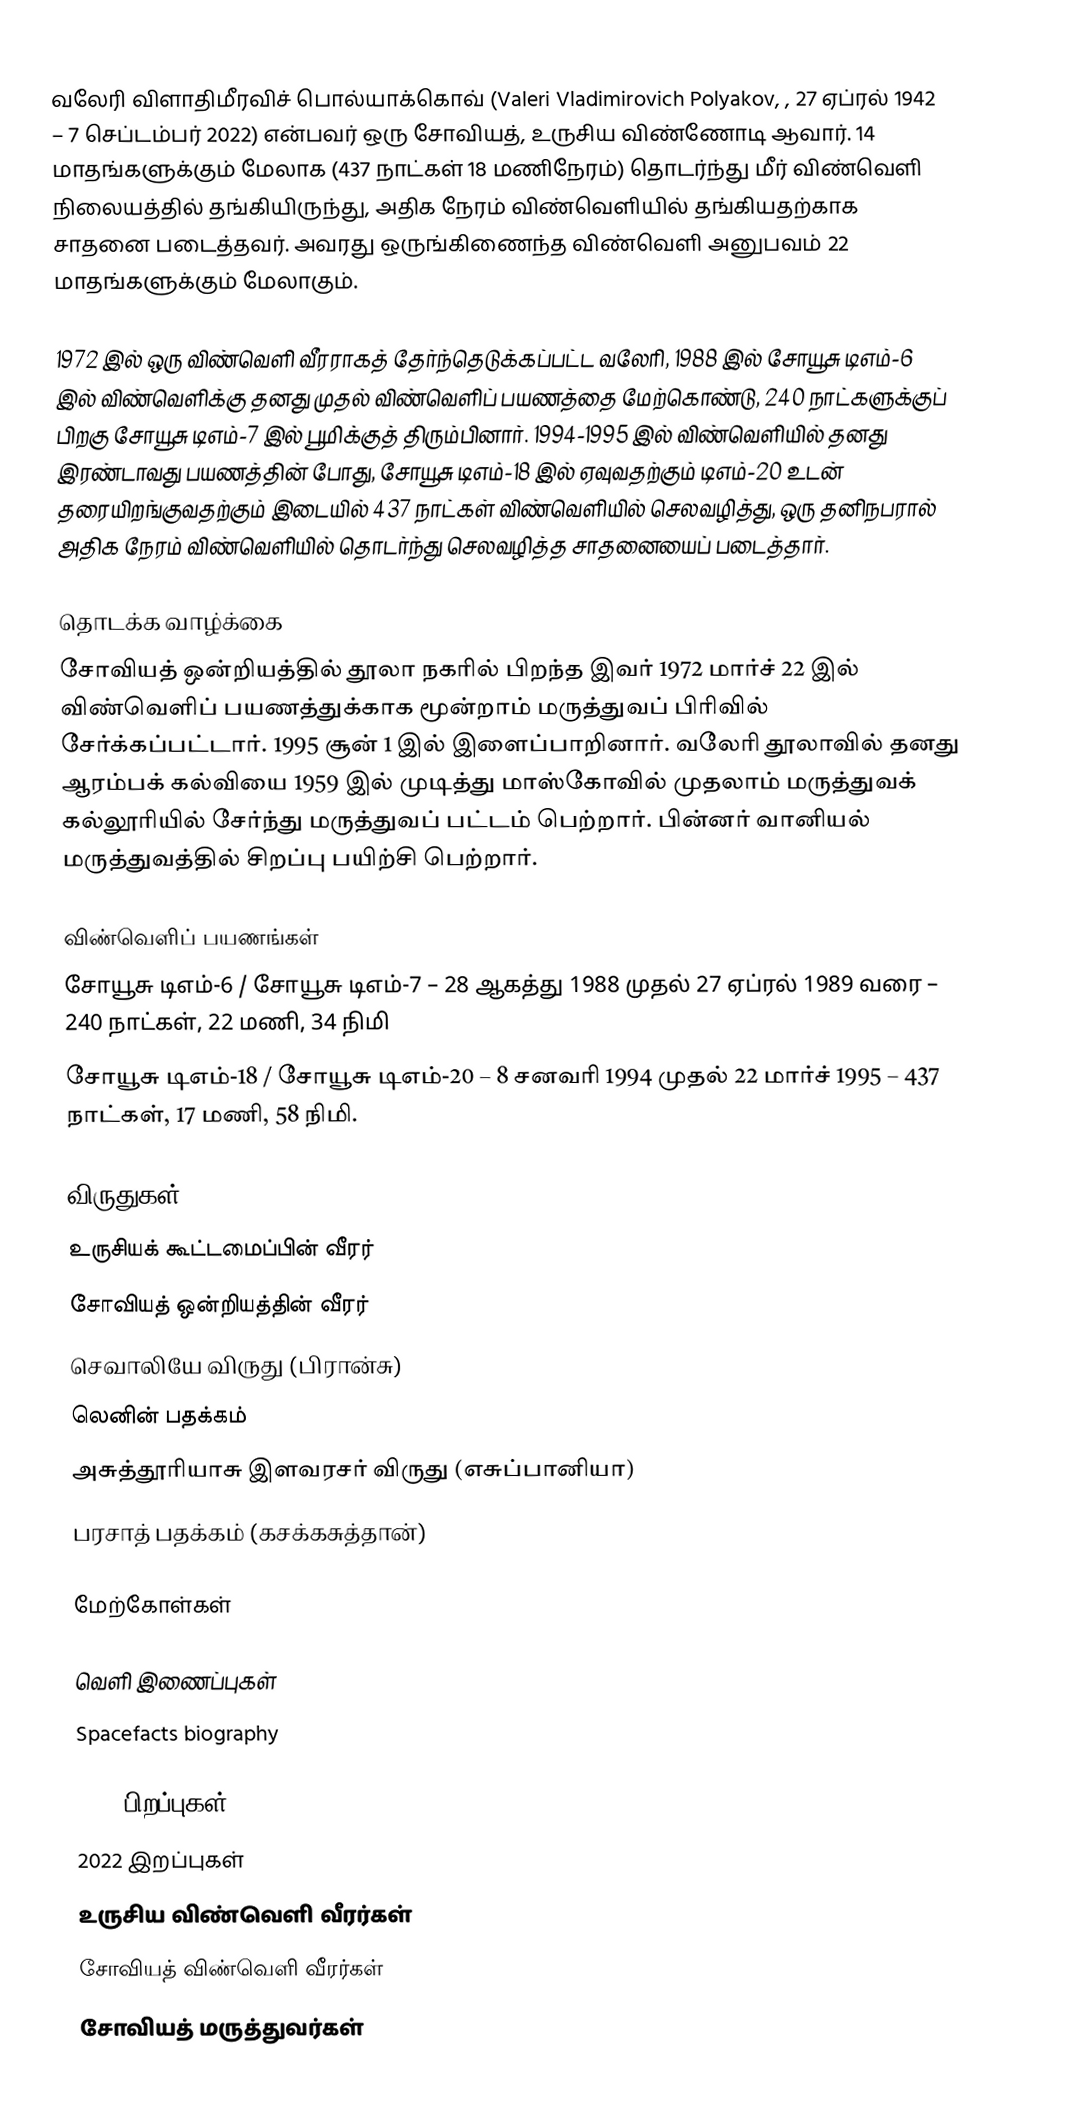
வலேரி விளாதிமீரவிச் பொல்யாக்கொவ் (Valeri Vladimirovich Polyakov, , 27 ஏப்ரல் 1942 – 7 செப்டம்பர் 2022) என்பவர் ஒரு சோவியத், உருசிய விண்ணோடி ஆவார். 14 மாதங்களுக்கும் மேலாக (437 நாட்கள் 18 மணிநேரம்) தொடர்ந்து மீர் விண்வெளி நிலையத்தில் தங்கியிருந்து, அதிக நேரம் விண்வெளியில் தங்கியதற்காக சாதனை படைத்தவர்.  அவரது ஒருங்கிணைந்த விண்வெளி அனுபவம் 22 மாதங்களுக்கும் மேலாகும்.

1972 இல் ஒரு விண்வெளி வீரராகத் தேர்ந்தெடுக்கப்பட்ட வலேரி, 1988 இல் சோயூசு டிஎம்-6 இல் விண்வெளிக்கு தனது முதல் விண்வெளிப் பயணத்தை மேற்கொண்டு, 240 நாட்களுக்குப் பிறகு சோயூசு டிஎம்-7 இல் பூமிக்குத் திரும்பினார். 1994-1995 இல் விண்வெளியில் தனது இரண்டாவது பயணத்தின் போது, சோயூசு டிஎம்-18 இல் ஏவுவதற்கும் டிஎம்-20 உடன் தரையிறங்குவதற்கும் இடையில் 437 நாட்கள் விண்வெளியில் செலவழித்து, ஒரு தனிநபரால் அதிக நேரம் விண்வெளியில் தொடர்ந்து செலவழித்த சாதனையைப் படைத்தார்.

தொடக்க வாழ்க்கை
சோவியத் ஒன்றியத்தில் தூலா நகரில் பிறந்த இவர் 1972 மார்ச் 22 இல் விண்வெளிப் பயணத்துக்காக மூன்றாம் மருத்துவப் பிரிவில் சேர்க்கப்பட்டார். 1995 சூன் 1 இல் இளைப்பாறினார். வலேரி தூலாவில் தனது ஆரம்பக் கல்வியை 1959 இல் முடித்து மாஸ்கோவில் முதலாம் மருத்துவக் கல்லூரியில் சேர்ந்து மருத்துவப் பட்டம் பெற்றார். பின்னர் வானியல் மருத்துவத்தில் சிறப்பு பயிற்சி பெற்றார்.

விண்வெளிப் பயணங்கள்
 சோயூசு டிஎம்-6 / சோயூசு டிஎம்-7 – 28 ஆகத்து 1988 முதல் 27 ஏப்ரல் 1989 வரை – 240 நாட்கள், 22 மணி, 34 நிமி
 சோயூசு டிஎம்-18 / சோயூசு டிஎம்-20 – 8 சனவரி 1994 முதல் 22 மார்ச் 1995 – 437 நாட்கள், 17 மணி, 58 நிமி.

விருதுகள்
 உருசியக் கூட்டமைப்பின் வீரர்
 சோவியத் ஒன்றியத்தின் வீரர்
 செவாலியே விருது (பிரான்சு)
 லெனின் பதக்கம்
 அசுத்தூரியாசு இளவரசர் விருது (எசுப்பானியா)
 பரசாத் பதக்கம் (கசக்கசுத்தான்)

மேற்கோள்கள்

வெளி இணைப்புகள்
 Spacefacts biography

1942 பிறப்புகள்
2022 இறப்புகள்
உருசிய விண்வெளி வீரர்கள்
சோவியத் விண்வெளி வீரர்கள்
சோவியத் மருத்துவர்கள்